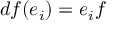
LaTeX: d f ( e _ { i } ) = e _ { i } f